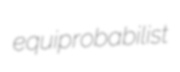
equiprobabilist